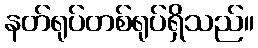
နတ်ရုပ်တစ်ရုပ်ရှိသည်။